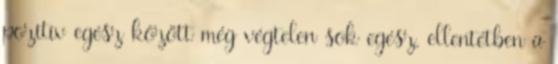
pozitív egész között még végtelen sok egész, ellentétben a